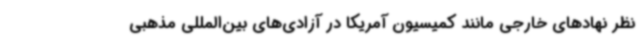
نظر نهادهای خارجی مانند کمیسیون آمریکا در آزادی‌های بین‌المللی مذهبی